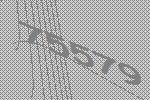
75579